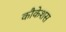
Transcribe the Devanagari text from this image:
कौकेशस